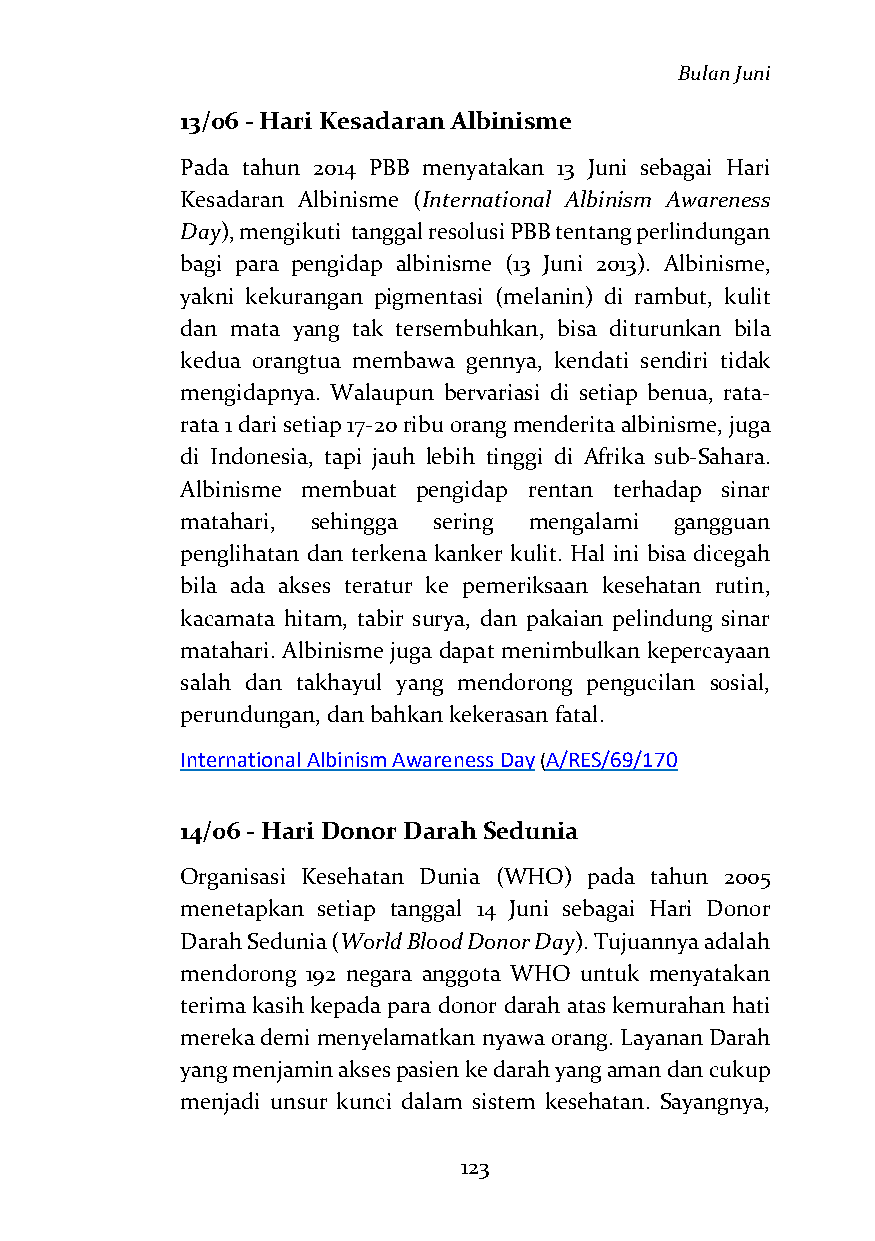
Bulan Juni
 13/06 - Hari Kesadaran Albinisme
 Pada tahun 2014 PBB menyatakan 13 Juni sebagai Hari
 Kesadaran Albinisme (International Albinism Awareness
 Day), mengikuti tanggal resolusi PBB tentang perlindungan
 bagi para pengidap albinisme (13 Juni 2013). Albinisme,
 yakni kekurangan pigmentasi (melanin) di rambut, kulit
 dan mata yang tak tersembuhkan, bisa diturunkan bila
 kedua orangtua membawa gennya, kendati sendiri tidak
 mengidapnya. Walaupun bervariasi di setiap benua, rata-
 rata 1 dari setiap 17-20 ribu orang menderita albinisme, juga
 di Indonesia, tapi jauh lebih tinggi di Afrika sub-Sahara.
 Albinisme membuat pengidap rentan terhadap sinar
 matahari, sehingga sering mengalami gangguan
 penglihatan dan terkena kanker kulit. Hal ini bisa dicegah
 bila ada akses teratur ke pemeriksaan kesehatan rutin,
 kacamata hitam, tabir surya, dan pakaian pelindung sinar
 matahari. Albinisme juga dapat menimbulkan kepercayaan
 salah dan takhayul yang mendorong pengucilan sosial,
 perundungan, dan bahkan kekerasan fatal.
 International Albinism Awareness Day (A/RES/69/170
 14/06 - Hari Donor Darah Sedunia
 Organisasi Kesehatan Dunia (WHO) pada tahun 2005
 menetapkan setiap tanggal 14 Juni sebagai Hari Donor
 Darah Sedunia (World Blood Donor Day). Tujuannya adalah
 mendorong 192 negara anggota WHO untuk menyatakan
 terima kasih kepada para donor darah atas kemurahan hati
 mereka demi menyelamatkan nyawa orang. Layanan Darah
 yang menjamin akses pasien ke darah yang aman dan cukup
 menjadi unsur kunci dalam sistem kesehatan. Sayangnya,
 123